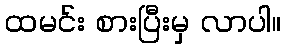
ထမင်း စားပြီးမှ လာပါ။